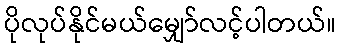
ပိုလုပ်နိုင်မယ်မျှော်လင့်ပါတယ်။